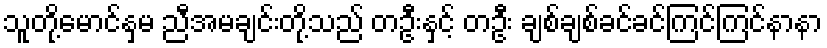
သူတို့မောင်နှမ ညီအမချင်းတို့သည် တဦးနှင့် တဦး ချစ်ချစ်ခင်ခင်ကြင်ကြင်နာနာ